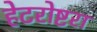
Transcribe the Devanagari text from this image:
हेटरोष्टरा